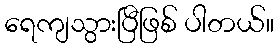
ရေကျသွားပြီဖြစ် ပါတယ်။